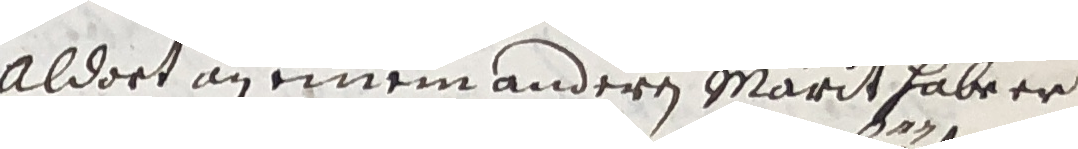
Aldort an einem anderen marit habe er